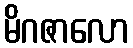
မိဂဇာလော